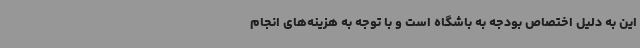
این به دلیل اختصاص بودجه به باشگاه است و با توجه به هزینه‌های انجام